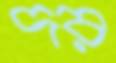
দর